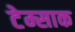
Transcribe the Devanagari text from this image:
टेम्साक